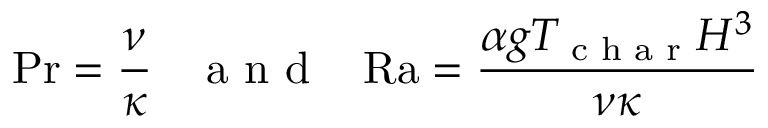
\mathrm { P r } = \frac { \nu } { \kappa } \thickspace \thickspace \thickspace \textrm { a n d } \thickspace \thickspace \thickspace \mathrm { R a } = \frac { \alpha g T _ { \textrm { c h a r } } H ^ { 3 } } { \nu \kappa }